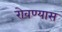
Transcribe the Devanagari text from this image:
रोवण्यास